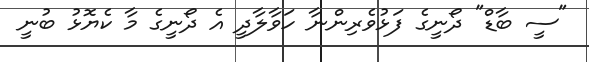
"ސީ ބާޑް" ދޯނީގެ ފަޅުވެރިންނާ ހަވާލާދީ އެ ދޯނީގެ މާ ކެޔޮޅު ބުނީ